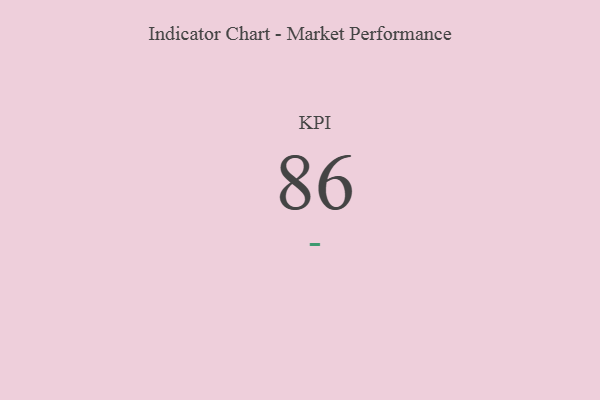
{"axis": {"x": "KPI", "y": "Value"}, "legend": [""], "data": [{"x": "KPI", "y": 86, "type": ""}]}